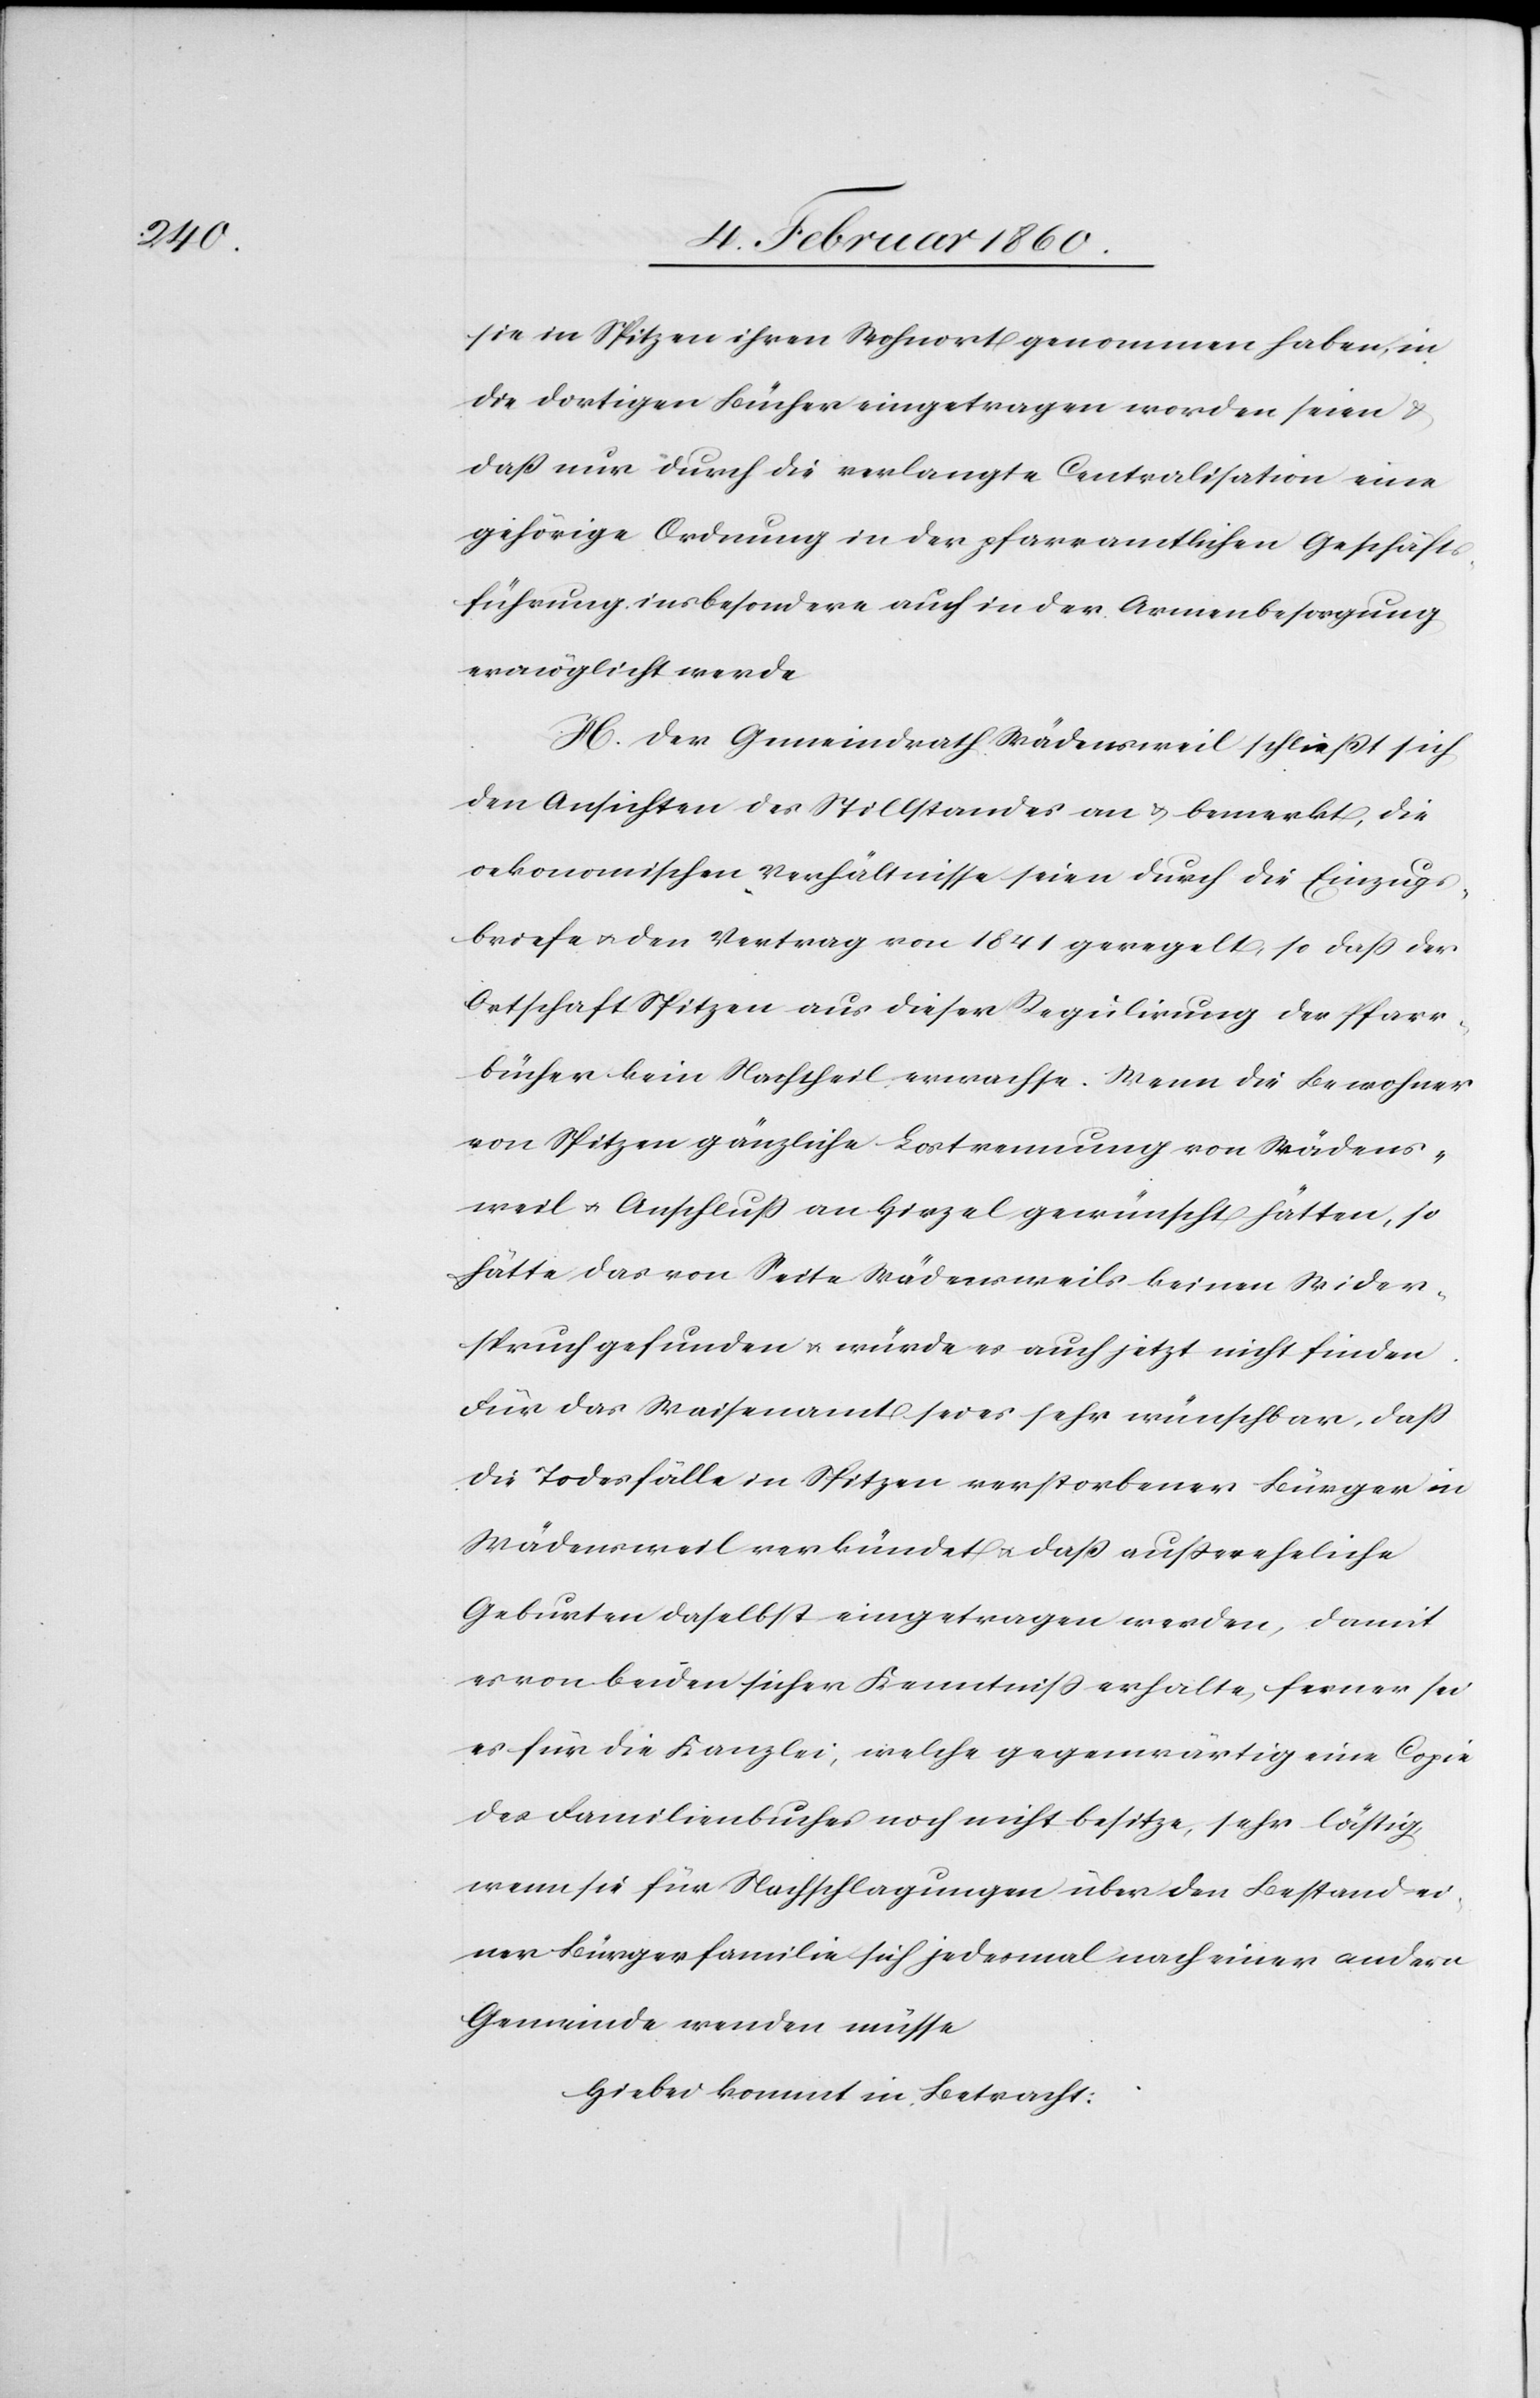
sie in Spitzen ihren Wohnort genommen haben, in
die dortigen Bücher eingetragen worden seien
dass nur durch die verlangte Centralisation eine
gehörige Ordnung in der pfarramtlichen Geschäfts¬
führung insbesondere auch in der Armenbesorgung
ermöglicht werde.
H. Der Gemeindrath Wädensweil schliesst sich
den Ansichten des Stillstandes an u. bemerkt, die
oekonomischen Verhältnisse seien durch die Einzug¬
sbriefe u. den Vertrag von 1841 geregelt, so dass der
Ortschaft Spitzen aus dieser Regulirung der Pfarr¬
bücher kein Nachtheil erwachse. Wenn die Bewohner
von Spitzen gänzliche Lostrennung von Wädens¬
weil u. Anschluss an Hirzel gewünscht hätte, so
hätte das von Seite Wädensweils keinen Wider¬
spruch gefunden u, würde es auch jetzt nicht finden.
Für das Waisenamt sei es sehr wünschbar, dass
die Todesfälle in Spitzen verstorbener Bürger in
Wädensweil verkündet u. dass aussereheliche
Geburten daselbst eingetragen werden, damit
er von beiden sicher Kenntniß erhalte, ferner sei
es für die Kanzlei, welche gegenwärtig eine Copie
des Familienbuches noch nicht besitze, sehr lästig,
wenn sie für Nachschlagungen über den Bestand ei¬
ner Bürgerfamilie sich jedesmal nach einer andern
Gemeinde wenden müsse.
Hiebei kommt in Betracht: